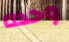
وحده